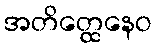
အတိတ္ထေနေဝ